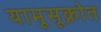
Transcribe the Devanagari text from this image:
यामूसूक्रोत